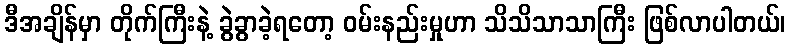
ဒီအချိန်မှာ တိုက်ကြီးနဲ့ ခွဲခွာခဲ့ရတော့ ဝမ်းနည်းမှုဟာ သိသိသာသာကြီး ဖြစ်လာပါတယ်၊